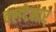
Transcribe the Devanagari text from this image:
वलदेमार्